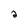
Character: a